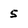
Character: 5